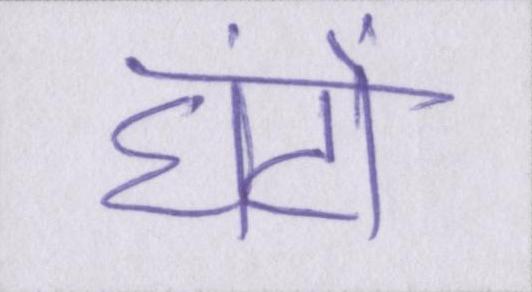
घंटों